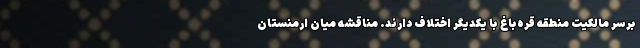
برسر مالکیت منطقه قره‌باغ با یکدیگر اختلاف دارند. مناقشه میان ارمنستان